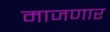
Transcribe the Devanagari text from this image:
माजणार